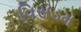
વિસડમ